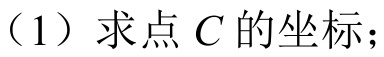
（1）求点\(C\)的坐标；